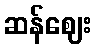
ဆန်ဈေး